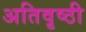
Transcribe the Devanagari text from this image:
अतिवृष्ठी